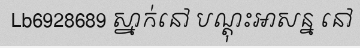
Lb6928689 ស្នាក់នៅ បណ្តុះអាសន្ន នៅ